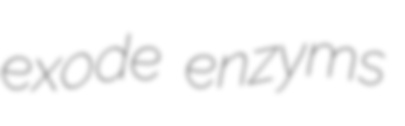
exode enzyms